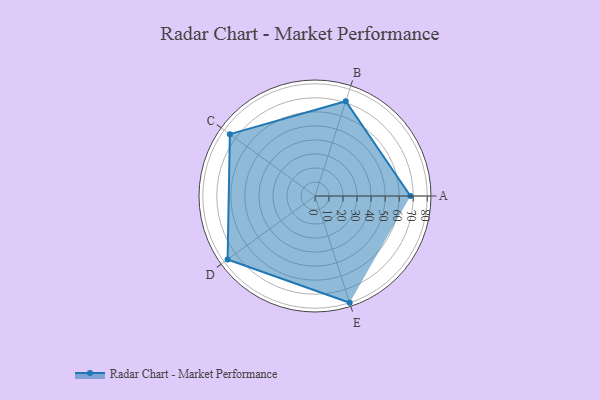
{"axis": {"x": "Skill", "y": "Score"}, "legend": ["Profile"], "data": [{"x": "A", "y": 68.0, "type": "Profile"}, {"x": "B", "y": 71.0, "type": "Profile"}, {"x": "C", "y": 75.0, "type": "Profile"}, {"x": "D", "y": 77.0, "type": "Profile"}, {"x": "E", "y": 80.0, "type": "Profile"}]}